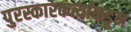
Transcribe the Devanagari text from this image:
पुरस्कारकर्त्यांकडून